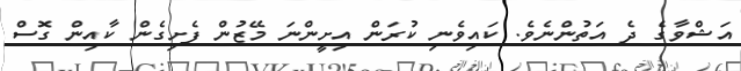
އަޝްވާގެ ދެ އަތުންނެވެ. ކައިވެނި ކުރަން އިށީންނަ މޭޒުން ފެށިގެން ކާއިން ގޮސް